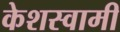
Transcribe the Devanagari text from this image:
केशस्वामी